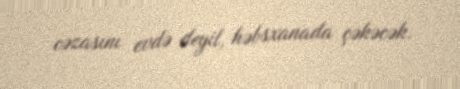
cəzasını evdə deyil, həbsxanada çəkəcək.